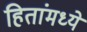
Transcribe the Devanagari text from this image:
हितांमध्ये